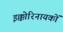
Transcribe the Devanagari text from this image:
इक्कोरिनायकों